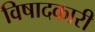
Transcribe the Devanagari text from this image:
विषादकारी